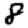
Digit: 8